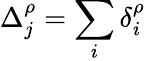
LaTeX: \Delta_{j}^{\rho}=\sum_{i}\delta_{i}^{\rho}